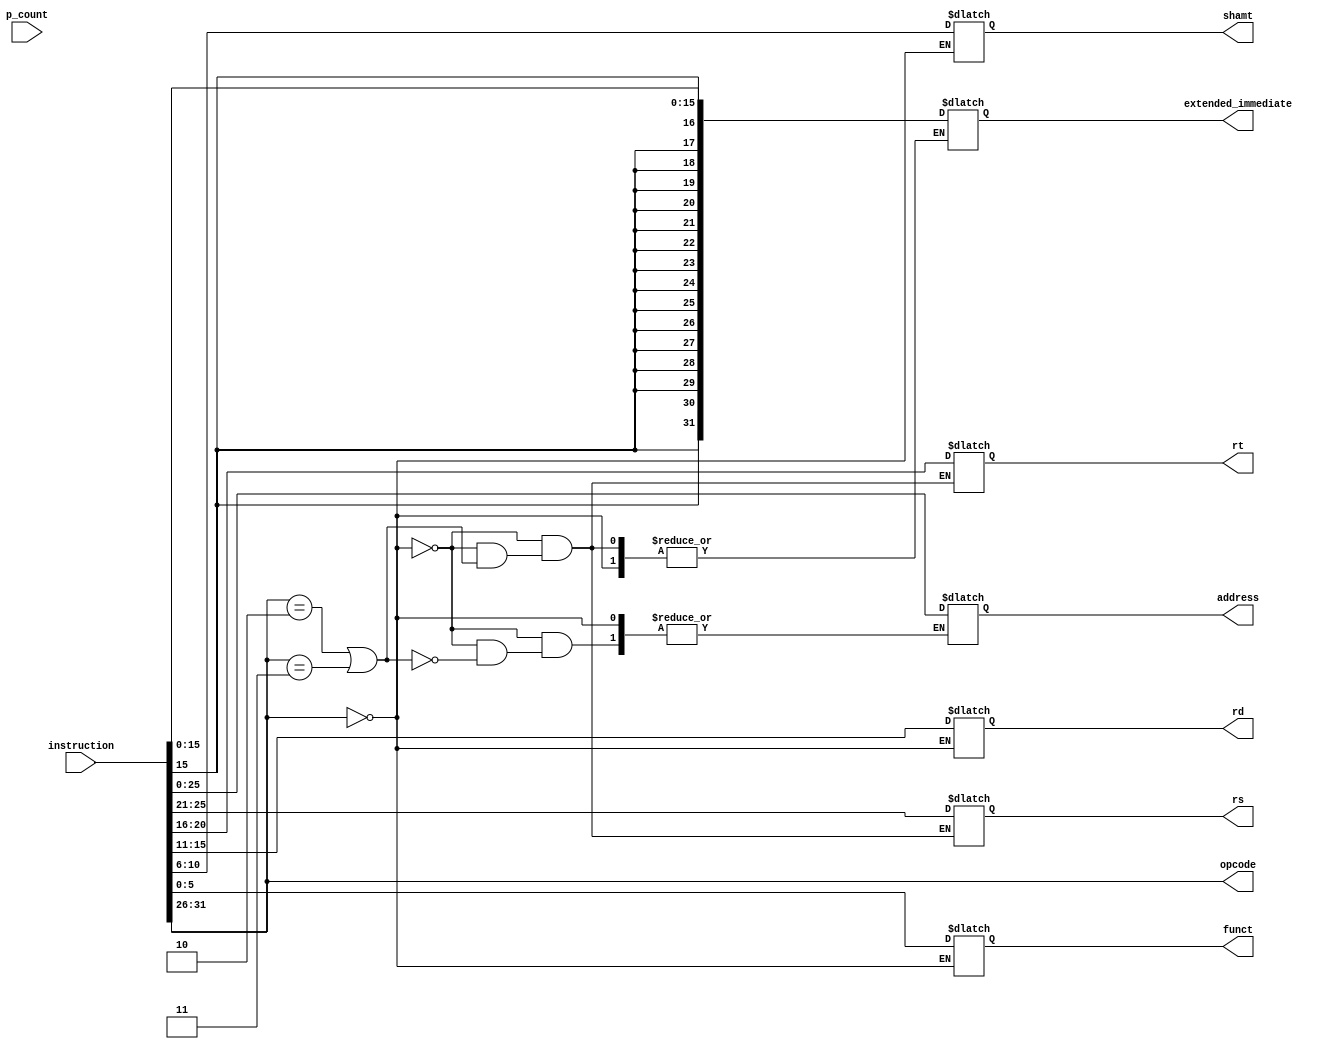
/* Module designed to read the instruction and assign the various
   components of the instruction to suitable variables depending on the format
*/
module parse_instruction(
    output wire [5:0] opcode,
    output reg [4:0] rs, rt, rd, shamt, 
    output reg [5:0] funct,
    output reg[31:0] extended_immediate,
    output reg [25:0] address,
    input [31:0] instruction, p_count
);

    assign opcode = instruction[31:26];
	
    always @(instruction) begin
        if(opcode == 6'h0) 
        begin        //R-type 
            shamt = instruction[10:6];
            rd = instruction[15:11];
            rt = instruction[20:16];
            rs = instruction[25:21];
            funct = instruction[5:0];
        end
        else if(opcode == 6'h2 | opcode == 6'h3) 
        begin   // J-type
            address = instruction[25:0];
        end
        else 
        begin                               // I-type
            rt = instruction[20:16];
            rs = instruction[25:21];
			extended_immediate = $signed(instruction[15:0]);

        end
    end
	
endmodule